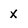
Character: x